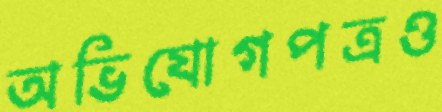
অভিযোগপত্রও